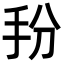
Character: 𭠓